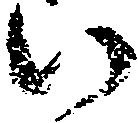
い